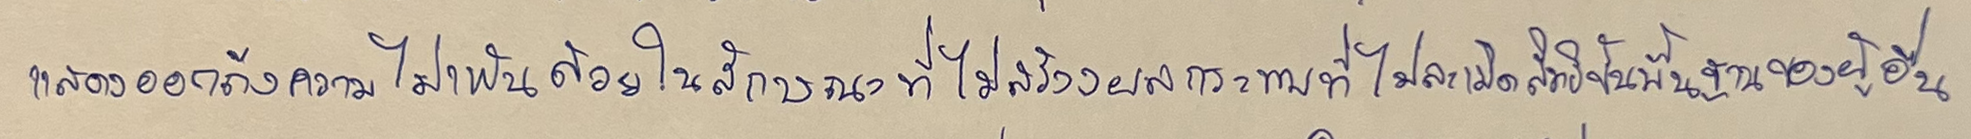
แสดงออกถึงความไม่เห็นด้วยในลักษณะที่ไม่สร้างผลกระทบที่ไม่ละเมิดสิทธิขั้นพื้นฐานของผู้อื่น